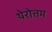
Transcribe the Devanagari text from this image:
थेरोत्तम